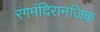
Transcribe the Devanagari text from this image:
रंगमंदिरानजिक